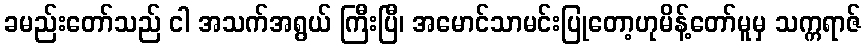
ခမည်းတော်သည် ငါ အသက်အရွယ် ကြီးပြီ၊ အမောင်သာမင်းပြုတော့ဟုမိန့်တော်မူမှ သက္ကရာဇ်